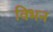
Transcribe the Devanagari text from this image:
विभन